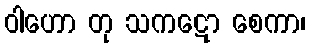
ဝါဟော တု သကဋော စေကာ၊